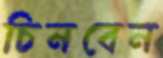
চিনবেন